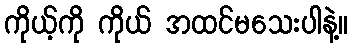
ကိုယ့်ကို ကိုယ် အထင်မသေးပါနဲ့။